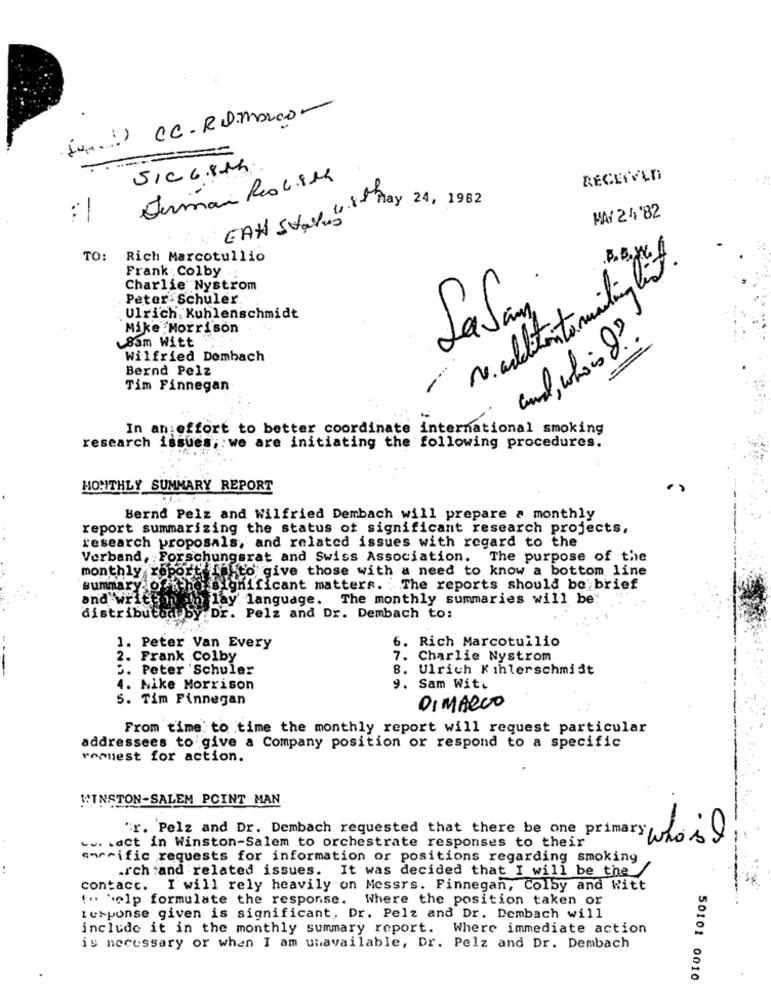
(v .! ) CC- RD.marco-
SIC 68MM.
Jerman Res c.8M
RECEIVED
CAN Stay, 4.88 May 24, 1982
:1
MAY 24'82
TO:
Rich Marcotullio
Frank : Colby
No. adultonto mailing list.
Charlie Nystrom
Peter- Schuler
Lafan
Ulrich. Kuhlenschmidt
Mike Morrison
Sam Witt
and , who is ?
Wilfried Dembach
Bernd Pelz
-
Tim Finnegan
In an effort to better coordinate international smoking
research issues, we are initiating the following procedures.
MONTHLY SUMMARY REPORT
Bernd Pelz and Wilfried Dembach will prepare a monthly
report summarizing the status of significant research projects,
research proposals; and related issues with regard to the
Verband, Forschungsrat and Swiss Association. The purpose of the
monthly report iskto give those with a need to know a bottom line
summary of -hotel
tho significant matters. The reports should bo'brief
and write momh lay language. The monthly summaries will be:
distributed by Dr. Pelz and Dr. Dembach to:
6. Rich Marcotullio
1. Peter Van Every
2. Frank Colby
7. Charlie Nystrom
2. Peter 'Schuler
. Ulrich Kihlerschmidt
4. Mike Morrison
9. Sam With
5. Tim Finnegan
DI MARCO
From time to time the monthly report will request particular
addressees to give a Company position or respond to a specific
roanest for action.
WINSTON-SALEM POINT MAN
r. Pelz and Dr. Dembach requested that there be one primary who's y
... . act in Winston-Salem to orchestrate responses to their
smrrific requests for information or positions regarding smoking
.Ich :and related issues. It was decided that I will be the /
contact. I will rely heavily on Messrs. Finnegan, Colby and Witt
... help formulate the response. Where the position taken or
tusponse given is significant, Dr. Pelz and Dr. Dembach will
include it in the monthly summary report. Where immediate action
is necessary or when I am unavailable, Dr. Pelz and Dr. Dembach
50101 0010